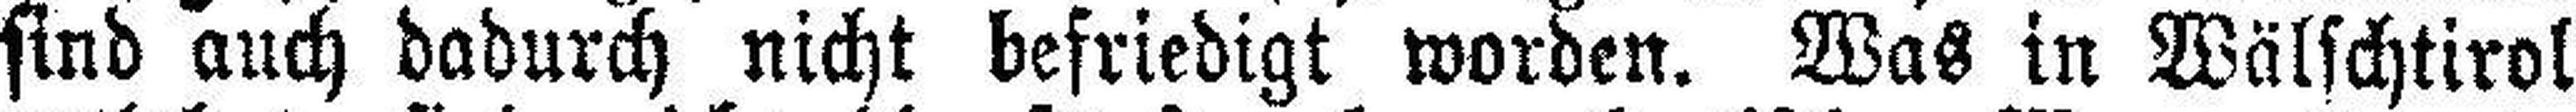
sind auch dadurch nicht befriedigt worden. Was in Wälschtirol